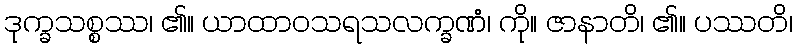
ဒုက္ခသစ္စဿ၊ ၏။ ယာထာဝသရသလက္ခဏံ၊ ကို။ ဇာနာတိ၊ ၏။ ပဿတိ၊